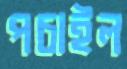
পচাইল